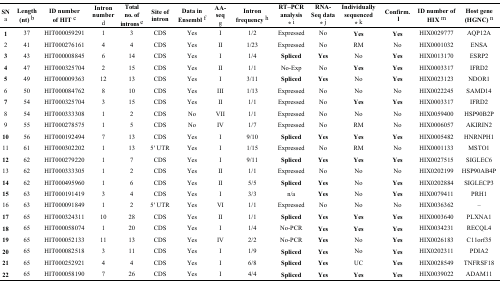
<table><thead><tr><td><b>SN a</b></td><td><b>Length (nt) <sup>b</sup></b></td><td><b>ID number of HIT <sup>c</sup></b></td><td><b>Intron number d</b></td><td><b>Total no. of introns <sup>e</sup></b></td><td><b>Site of intron</b></td><td><b>Data in Ensembl <sup>f</sup></b></td><td><b>AA-seq g</b></td><td><b>Intron frequency <sup>h</sup></b></td><td><b>RT–PCR analysis * i</b></td><td><b>RNA-Seq data * j</b></td><td><b>Individually sequenced * k</b></td><td><b>Confirm. l</b></td><td><b>ID number of HIX <sup>m</sup></b></td><td><b>Host gene (HGNC) <sup>n</sup></b></td></tr></thead><tbody><tr><td><b>1</b></td><td>37</td><td>HIT000059291</td><td>1</td><td>3</td><td>CDS</td><td>Yes</td><td>I</td><td>1/2</td><td>Expressed</td><td>No</td><td><b>Yes</b></td><td><b>Yes</b></td><td>HIX0029777</td><td>AQP12A</td></tr><tr><td>2</td><td>41</td><td>HIT000276161</td><td>4</td><td>4</td><td>CDS</td><td>Yes</td><td>II</td><td>1/23</td><td>Expressed</td><td>No</td><td>RM</td><td>No</td><td>HIX0001032</td><td>ENSA</td></tr><tr><td><b>3</b></td><td>43</td><td>HIT000008845</td><td>6</td><td>14</td><td>CDS</td><td>Yes</td><td>I</td><td>1/4</td><td><b>Spliced</b></td><td><b>Yes</b></td><td>No</td><td><b>Yes</b></td><td>HIX0013170</td><td>ESRP2</td></tr><tr><td><b>4</b></td><td>47</td><td>HIT000325704</td><td>2</td><td>15</td><td>CDS</td><td>Yes</td><td>II</td><td>1/1</td><td>No-Exp</td><td>No</td><td><b>Yes</b></td><td><b>Yes</b></td><td>HIX0003317</td><td>IFRD2</td></tr><tr><td><b>5</b></td><td>49</td><td>HIT000009363</td><td>12</td><td>13</td><td>CDS</td><td>Yes</td><td>I</td><td>3/11</td><td><b>Spliced</b></td><td><b>Yes</b></td><td>No</td><td><b>Yes</b></td><td>HIX0023123</td><td>NDOR1</td></tr><tr><td>6</td><td>50</td><td>HIT000084762</td><td>8</td><td>10</td><td>CDS</td><td>Yes</td><td>III</td><td>1/13</td><td>Expressed</td><td>No</td><td>No</td><td>No</td><td>HIX0022245</td><td>SAMD14</td></tr><tr><td><b>7</b></td><td>54</td><td>HIT000325704</td><td>3</td><td>15</td><td>CDS</td><td>Yes</td><td>II</td><td>1/1</td><td>Expressed</td><td>No</td><td><b>Yes</b></td><td><b>Yes</b></td><td>HIX0003317</td><td>IFRD2</td></tr><tr><td>8</td><td>54</td><td>HIT000333308</td><td>1</td><td>2</td><td>CDS</td><td>No</td><td>VII</td><td>1/1</td><td>Expressed</td><td>No</td><td>No</td><td>No</td><td>HIX0059400</td><td>HSP90B2P</td></tr><tr><td>9</td><td>55</td><td>HIT000278575</td><td>1</td><td>5</td><td>CDS</td><td>No</td><td>IV</td><td>1/7</td><td>Expressed</td><td>No</td><td>RM</td><td>No</td><td>HIX0006057</td><td>AKIRIN2</td></tr><tr><td><b>10</b></td><td>56</td><td>HIT000192494</td><td>7</td><td>13</td><td>CDS</td><td>Yes</td><td>I</td><td>9/10</td><td><b>Spliced</b></td><td><b>Yes</b></td><td><b>Yes</b></td><td><b>Yes</b></td><td>HIX0005482</td><td>HNRNPH1</td></tr><tr><td>11</td><td>61</td><td>HIT000302202</td><td>1</td><td>13</td><td>5′ UTR</td><td>Yes</td><td>I</td><td>1/15</td><td>Expressed</td><td>No</td><td>RM</td><td>No</td><td>HIX0001133</td><td>MSTO1</td></tr><tr><td><b>12</b></td><td>62</td><td>HIT000279220</td><td>1</td><td>7</td><td>CDS</td><td>Yes</td><td>I</td><td>9/11</td><td><b>Spliced</b></td><td><b>Yes</b></td><td><b>Yes</b></td><td><b>Yes</b></td><td>HIX0027515</td><td>SIGLEC6</td></tr><tr><td>13</td><td>62</td><td>HIT000333305</td><td>1</td><td>2</td><td>CDS</td><td>Yes</td><td>II</td><td>1/1</td><td>Expressed</td><td>No</td><td>No</td><td>No</td><td>HIX0202199</td><td>HSP90AB4P</td></tr><tr><td><b>14</b></td><td>62</td><td>HIT000495960</td><td>1</td><td>6</td><td>CDS</td><td>Yes</td><td>II</td><td>5/5</td><td><b>Spliced</b></td><td><b>Yes</b></td><td>No</td><td><b>Yes</b></td><td>HIX0202884</td><td>SIGLECP3</td></tr><tr><td><b>15</b></td><td>63</td><td>HIT000191419</td><td>3</td><td>4</td><td>CDS</td><td>Yes</td><td>I</td><td>3/3</td><td>n/a</td><td><b>Yes</b></td><td>No</td><td><b>Yes</b></td><td>HIX0079411</td><td>PRH1</td></tr><tr><td>16</td><td>63</td><td>HIT000091849</td><td>1</td><td>2</td><td>5′ UTR</td><td>Yes</td><td>VI</td><td>1/1</td><td>Expressed</td><td>No</td><td>No</td><td>No</td><td>HIX0036362</td><td>–</td></tr><tr><td><b>17</b></td><td>65</td><td>HIT000324311</td><td>10</td><td>28</td><td>CDS</td><td>Yes</td><td>II</td><td>1/1</td><td><b>Spliced</b></td><td><b>Yes</b></td><td><b>Yes</b></td><td><b>Yes</b></td><td>HIX0003640</td><td>PLXNA1</td></tr><tr><td><b>18</b></td><td>65</td><td>HIT000058074</td><td>1</td><td>20</td><td>CDS</td><td>Yes</td><td>I</td><td>1/4</td><td>No-PCR</td><td><b>Yes</b></td><td><b>Yes</b></td><td><b>Yes</b></td><td>HIX0034231</td><td>RECQL4</td></tr><tr><td><b>19</b></td><td>65</td><td>HIT000052133</td><td>11</td><td>13</td><td>CDS</td><td>Yes</td><td>IV</td><td>2/2</td><td>No-PCR</td><td><b>Yes</b></td><td>No</td><td><b>Yes</b></td><td>HIX0026183</td><td>C11orf35</td></tr><tr><td><b>20</b></td><td>65</td><td>HIT000082518</td><td>3</td><td>11</td><td>CDS</td><td>Yes</td><td>I</td><td>1/9</td><td><b>Spliced</b></td><td><b>Yes</b></td><td>No</td><td><b>Yes</b></td><td>HIX0202311</td><td>PDIA2</td></tr><tr><td><b>21</b></td><td>65</td><td>HIT000252921</td><td>4</td><td>4</td><td>CDS</td><td>Yes</td><td>I</td><td>6/8</td><td><b>Spliced</b></td><td><b>Yes</b></td><td>UC</td><td><b>Yes</b></td><td>HIX0028549</td><td>TNFRSF18</td></tr><tr><td><b>22</b></td><td>65</td><td>HIT000058190</td><td>7</td><td>26</td><td>CDS</td><td>Yes</td><td>I</td><td>4/4</td><td><b>Spliced</b></td><td><b>Yes</b></td><td><b>Yes</b></td><td><b>Yes</b></td><td>HIX0039022</td><td>ADAM11</td></tr></tbody></table>